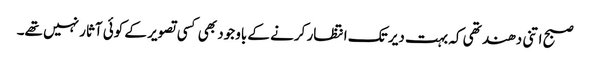
صبح اتنی دھند تھی کہ بہت دیر تک انتظار کرنے کے باوجود بھی کسی تصویر کے کوئی آثار نہیں تھے۔